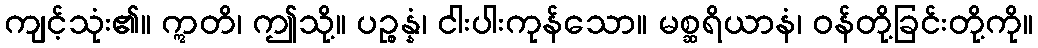
ကျင့်သုံး၏။ ဣတိ၊ ဤသို့။ ပဉ္စန္နံ၊ ငါးပါးကုန်သော။ မစ္ဆရိယာနံ၊ ဝန်တို့ခြင်းတို့ကို။